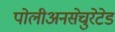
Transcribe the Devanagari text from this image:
पोलीअनसेचुरेटेड